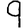
Digit: 9